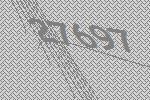
27697